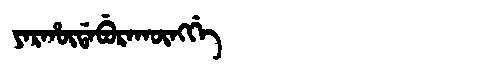
Manchu: ᠶᠠᡵᡥᡡᡩᠠᠪᡠᡵᠠᡴᡡᠩᡤᡝ
Romanization: YARHŪDABURAKŪNGGE